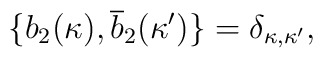
\{b_{2}(\kappa),\overline{b}_{2}(\kappa')\}=\delta_{\kappa,\kappa'} ,